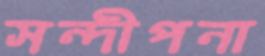
সন্দীপনা